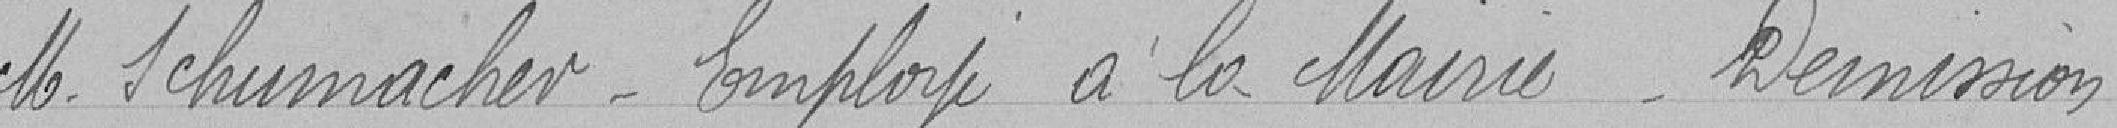
Monsieur SCHUMACHER Employé à la Mairie  Démission